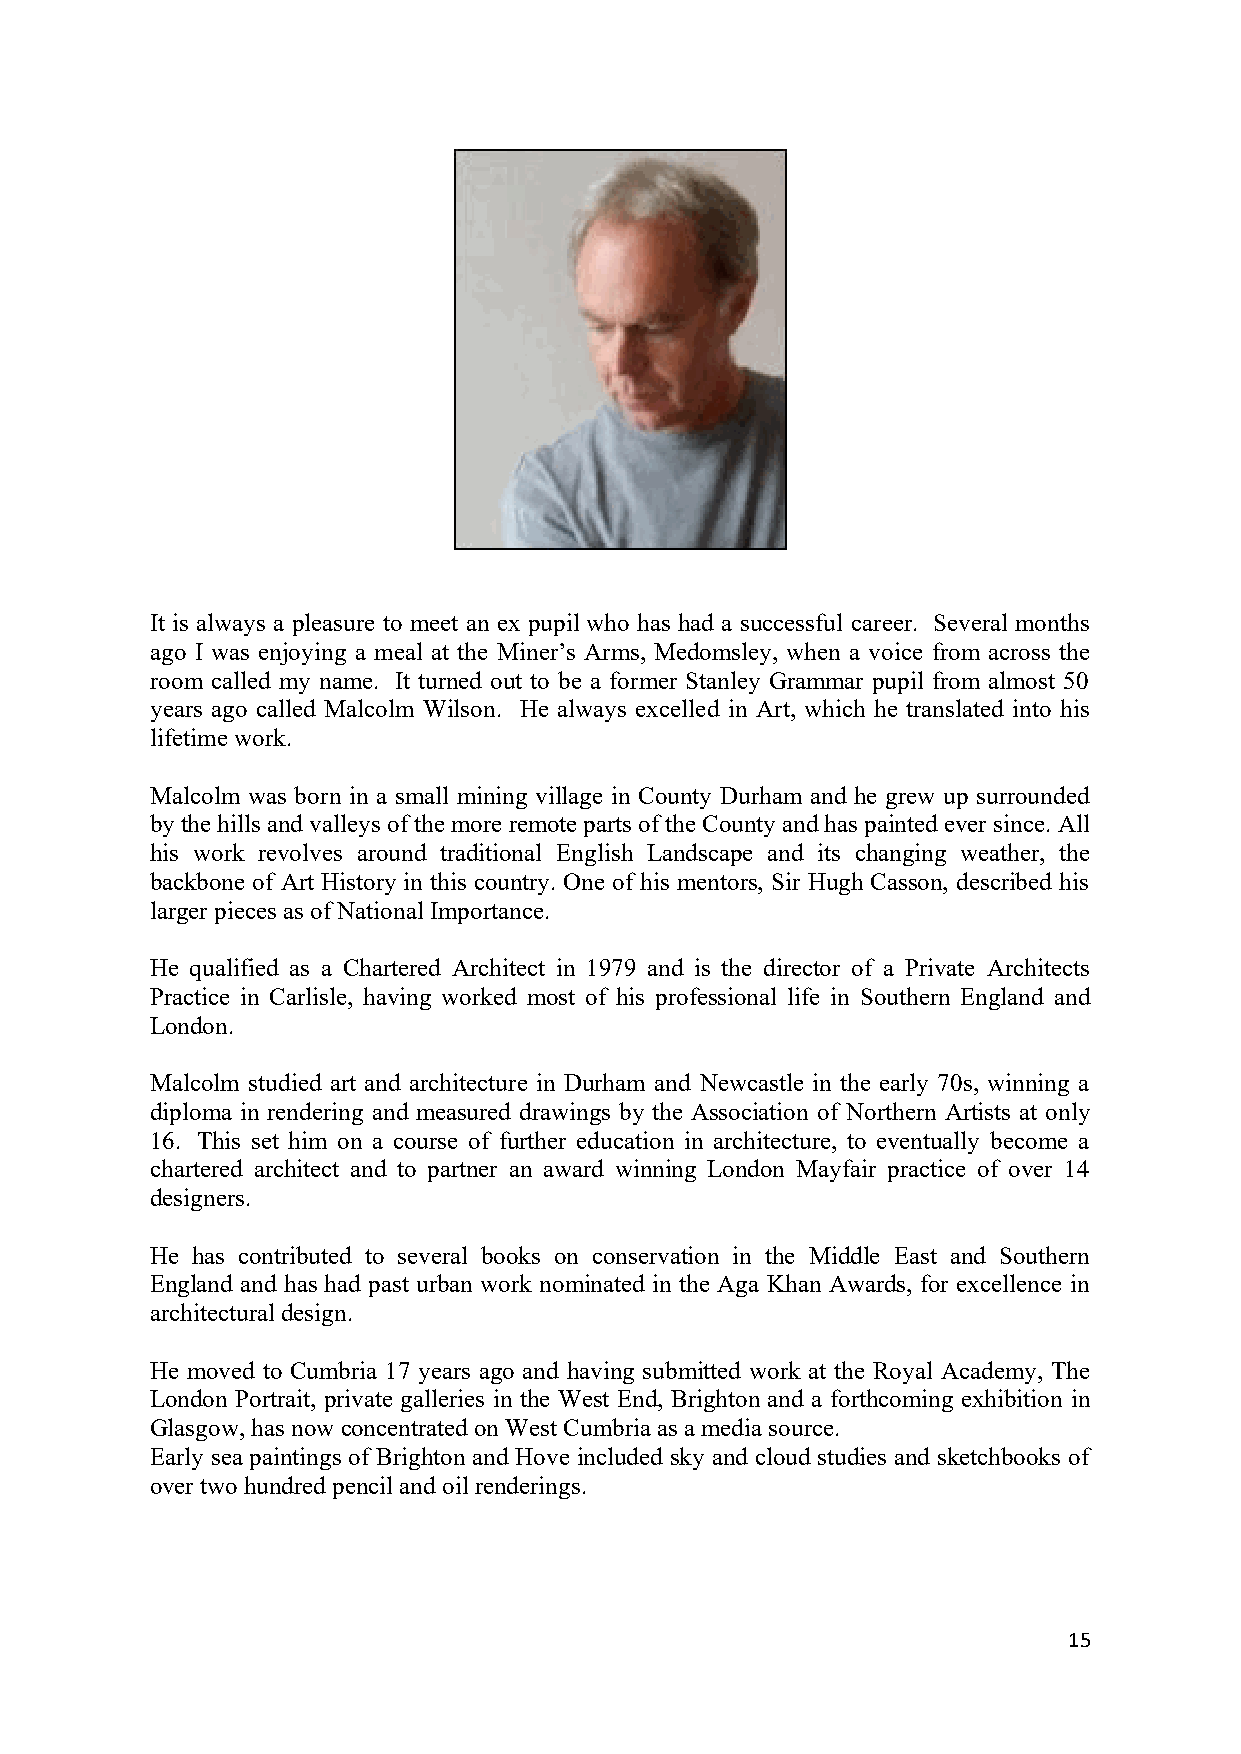
It is always a pleasure to meet an ex pupil who has had a successful career. Several months
 ago I was enjoying a meal at the Miner’s Arms, Medomsley, when a voice from across the
 room called my name. It turned out to be a former Stanley Grammar pupil from almost 50
 years ago called Malcolm Wilson. He always excelled in Art, which he translated into his
 lifetime work.
 Malcolm was born in a small mining village in County Durham and he grew up surrounded
 by the hills and valleys of the more remote parts of the County and has painted ever since. All
 his work revolves around traditional English Landscape and its changing weather, the
 backbone of Art History in this country. One of his mentors, Sir Hugh Casson, described his
 larger pieces as of National Importance.
 He qualified as a Chartered Architect in 1979 and is the director of a Private Architects
 Practice in Carlisle, having worked most of his professional life in Southern England and
 London.
 Malcolm studied art and architecture in Durham and Newcastle in the early 70s, winning a
 diploma in rendering and measured drawings by the Association of Northern Artists at only
 16. This set him on a course of further education in architecture, to eventually become a
 chartered architect and to partner an award winning London Mayfair practice of over 14
 designers.
 He has contributed to several books on conservation in the Middle East and Southern
 England and has had past urban work nominated in the Aga Khan Awards, for excellence in
 architectural design.
 He moved to Cumbria 17 years ago and having submitted work at the Royal Academy, The
 London Portrait, private galleries in the West End, Brighton and a forthcoming exhibition in
 Glasgow, has now concentrated on West Cumbria as a media source.
 Early sea paintings of Brighton and Hove included sky and cloud studies and sketchbooks of
 over two hundred pencil and oil renderings.
 15